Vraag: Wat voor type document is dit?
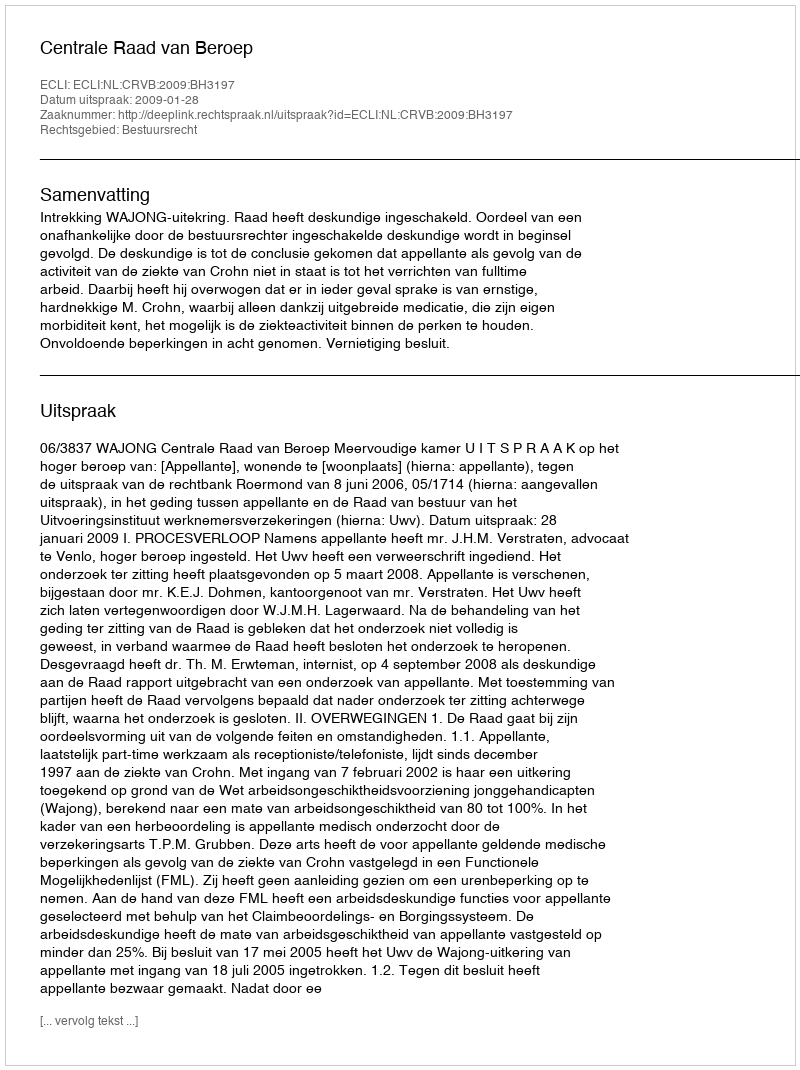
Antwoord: Uitspraak